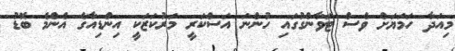
މިއަދާ ހަމަޔަށް ވެސް ޓަވާންގުގައި ހުންނަ އަސްކަރީ މަރުކަޒަކީ އިންޑިއާގެ އެންމެ ބޮޑު